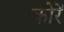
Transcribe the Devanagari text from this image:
कोरें